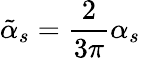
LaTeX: \tilde{\alpha}_{s}={\frac{2}{3\pi}}\alpha_{s}